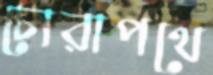
চোরাপথে